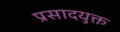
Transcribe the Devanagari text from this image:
प्रसादयुक्त